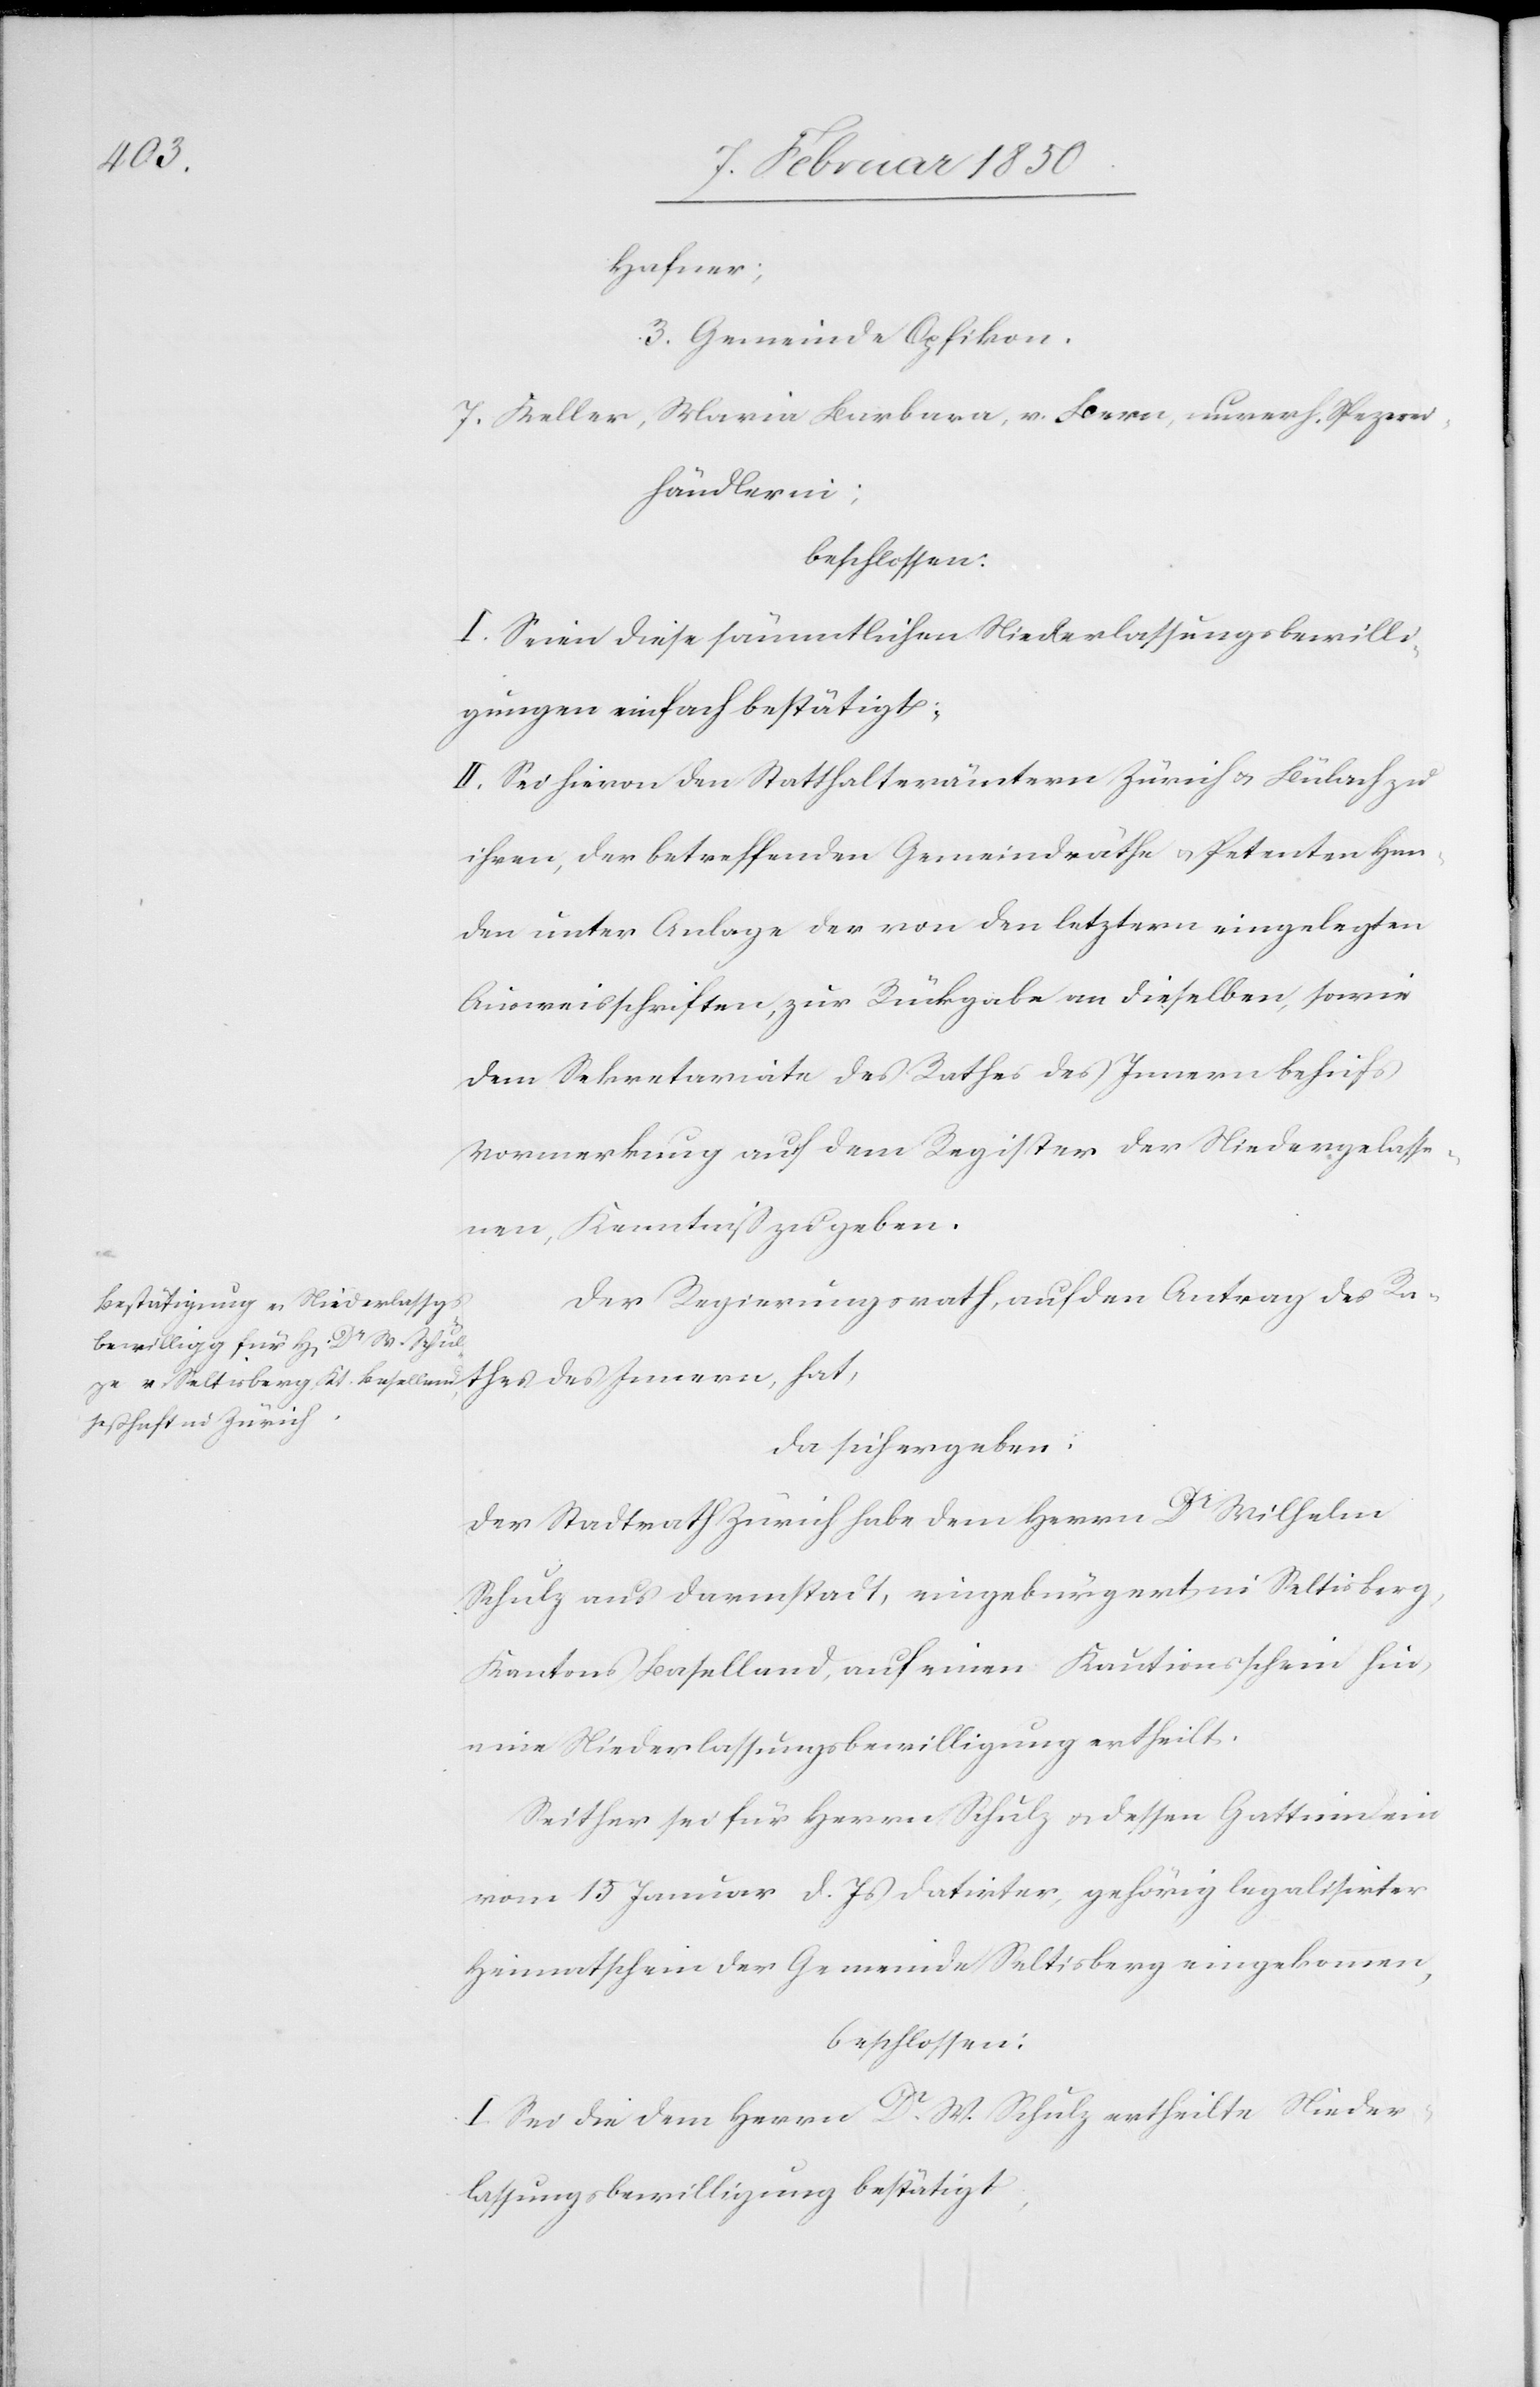
thes

Hafner;
3. Gemeinde Opfikon.
7. Keller, Maria Barbara, v. Bern, unverh. Spezerei¬
händlerin;
beschlossen:
I. Seien diese sämmtlichen Niederlassungsbewilli¬
gungen einfach bestätigt;
II. Sei hievon den Statthalterämtern Zürich u. Bülach zu
ihren, der betreffenden Gemeindräthe u. Petenten Han¬
den unter Anlage der von den letztern eingelegten
Ausweisschriften, zur Rückgabe an dieselben, sowie
dem Sekretariate des Rathes des Innern behufs
Vormerkung auf dem Register der Niedergelasse¬
nen, Kenntniß zu geben.
Der Regierungsrath, auf den Antrag des Ra¬
da sich ergeben:
Der Stadtrath Zürich habe dem Herrn Dr Wilhelm
Schulz aus Darmstadt, eingebürgert in Seltisberg,
Kantons Baselland, auf einen Kautionsschein hin,
eine Niederlassungsbewilligung ertheilt.
Seither sei für Herrn Schulz u. dessen Gattinn ein
vom 15 Januar d. Js datirter, gehörig legalisirter
Heimatschein der Gemeinde Seltisberg eingekommen,
beschlossen:
I. Sei die dem Herrn Dr. W. Schulz ertheilte Nieder¬
lassungsbewilligung bestätigt.